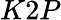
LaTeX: K2P